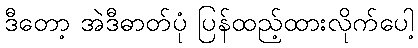
ဒီတော့ အဲဒီဓာတ်ပုံ ပြန်ထည့်ထားလိုက်ပေါ့